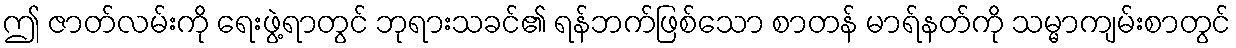
ဤ ဇာတ်လမ်းကို ရေးဖွဲ့ရာတွင် ဘုရားသခင်၏ ရန်ဘက်ဖြစ်သော စာတန် မာရ်နတ်ကို သမ္မာကျမ်းစာတွင်